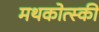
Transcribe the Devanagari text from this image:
मथकोत्स्की